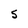
Character: S